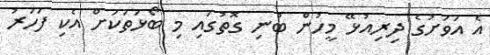
އެ އަވަށުގެ ދިރިއުޅޭ މީހުން ބުނި ގޮތުގައި މި ބޯޅަތަކަށް އެކި ފަހަރު